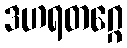
ဒဟရတဂ္ဂေ